Source: Handwritten
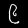
Digit: ၉ (9)